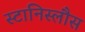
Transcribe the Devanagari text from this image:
स्टानिस्लौस